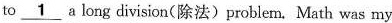
to \underline{1}along divisicn(除法)problem Math was my